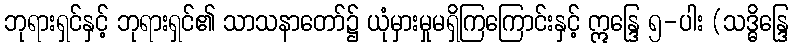
ဘုရားရှင်နှင့် ဘုရားရှင်၏ သာသနာတော်၌ ယုံမှားမှုမရှိကြကြောင်းနှင့် ဣန္ဒြေ ၅-ပါး (သဒ္ဓိန္ဒြေ